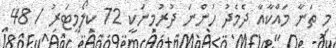
މި ތަނާ މައްކާއާ ދެމެދު ހުންނަ ދުރުމިނަކީ 72 ކިލޯމީޓަރު / 48